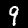
Label: 9